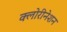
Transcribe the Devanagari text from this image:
क्लोरीनेशन